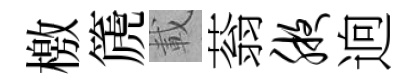
檄篪載蓊腋逈